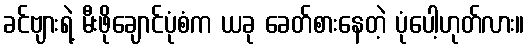
ခင်ဗျားရဲ့ မီးဖိုချောင်ပုံစံက ယခု ခေတ်စားနေတဲ့ ပုံပေါ့ဟုတ်လား။